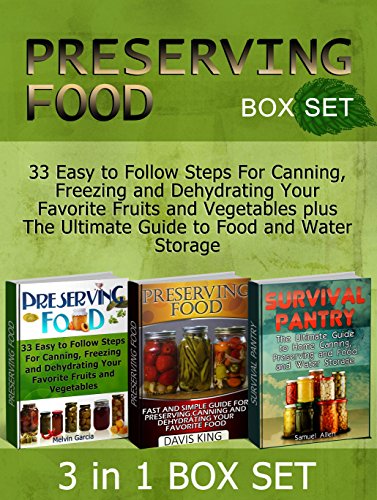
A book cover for Preserving Food Box Set: 33 Easy to Follow Steps For Canning, Freezing and Dehydrating Your Favorite Fruits and Vegetables plus The Ultimate Guide to Food ... food without freezing or canning); Melvin Garcia; Cookbooks, Food & Wine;